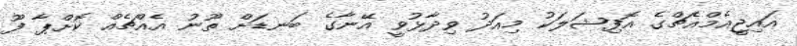
އައިޖީއެމްއެޗްގެ އޮފިޝަލަކު މިއަދު ވިދާޅުވީ އޭނާގެ ބަނޑަށް ތޫނު އެއްޗެއް ކޮށްޕާ ފޫ